Calcutta medical institutions reports 1892-1900
Year: 1892
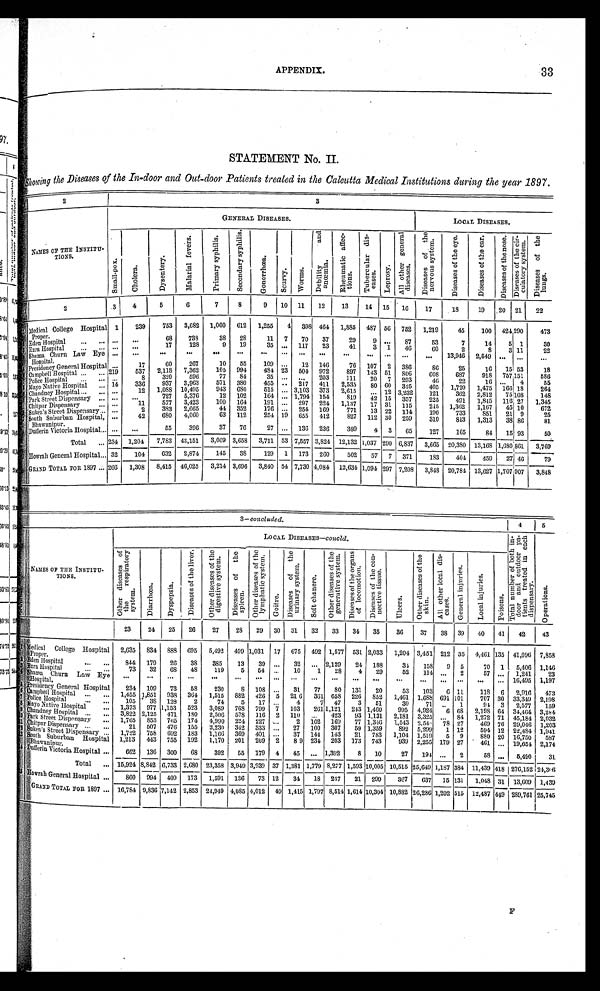
APPENDIX.
33
STATEMENT No. II.
Showing the Diseases of the In-door and Out-door Patients treated in the Calcutta Medical Institutions during the year 1897.
2
3
NAMES OF THE INSTITU-
T I O N S .
GENERAL DISEASES.
L O C A L D I S E A S E S .
S m a l l - p o x
C h o l e r n .
D y s e n t e r y .
M a l a r i a l f e v e r s .
P r i m a r y s y p h i l i s .
S e c o n d a r y s y p h i l i s .
G o n o r r h œ a .
S c u r v y .
W o r m s .
D e b i l i t y a n d a n œ m i a .
R h e u m a t i c a f f e c - t i o n s .
T u b e r c u l a r d i s - e a s e s .
L e p r o s y .
A l l o t h e r g e n e r a l d i s e a s e s .
D i s e a s e s o f t h e n e r v o u s s y s t e m .
D i s e a s e s o f t h e e y e .
Di s e a s e s o f t h e e a r .
D i s e a s e s o f t h e n o s e . D i s e a s e s o f t h e c i r - c u l a t o r y s y s t e m .
D i s e a s e s o f t h e l u n g s .
1
2
3
4
5
6
7
8
9
10
11
12
13
14
15
16
17
18
19
20
21
22
1
Medical College Hospital
Proper.
1
239
753
3,682
1,060
612
1,255
4
398 464
1,885
487 56 752
1,219
45
100
424 290
473
. . .
. . .
68
738
38
28
11
7
70
37
29
9
. . .
87
53
7
14
5 1
30
2 Eden Hospital . . .
17
128
9
19
35
. . . 117
23
41
3
1
46
6 0
2
8
3 11
22
. . .
. . .
Ezra Hospital . . .
. . .
. . .. . .
. . .
. . .
. . .
. . .
. . .
. . .
. . .
. . .
. . . . . .
. . .
. . .
. . .
. . .
. . .
3
. . .
. . .
Shama Churn Law Eye
Hospital.
4
. . .
17
60
267
10
55
109
. . .
12
146
76
107
2
386
86
25
16
15 53
18
Presidency General Hospital
5
2,118
7,362
105
994
484 23
504
972
897
143 51
806
6 0 8
687
918 757 151
586
537
219
6 Campbell Hospital . . .
320
596
77
84
35
. . .
. . .
203
111
20
7
293
46
22
16
. . .
4
55
. . .
8
7 Police Hospital . . .
937
3,963
571
380
455
. . . 217
411
2,535
80 60
325
405
1,720
1,475
166 18
264
336
1 4
Mayo Native Hospital . . .
8
12
1,088
10,495
943
680
515
. . . 3,103
373
2,615
. . . 12 3,232
121
362
2,812
7 5 108
1 4 8
. . .
9 Chandney Hospital . . .
727
5,376
12
102
164
. . . 1,794
154
819
42 15
357
225
491
1,845
116 27
1,345
. . .
. . .
Park Street Dispensary . . .
1 0
3,423
100
164
191
. . . 297
224
1,137
17 31
115
215 1,362
1,167
45 10
672
577
11
. . .
Chitpur Dispensary . . .
1 1
383
2,665
44
352
176
. . . 254
169
771
13
2 2 114
190
733
851
21 9
25
2
. . .
Sukea's Street Dispensary . . .
1 2
680
4,060
63
112
254 19
655
412
827
112 30
259
310
813
1,313
38 86
81
42
. . .
South Suburban Hospital,
B h a w a n i p u r .
1 3
. . .
. . .
55
396
37
76
27
. . . 136
236
389
4
3
65
127
165
84
15 93
50
1 4 Dufferin Victoria Hospital . . .
Total . . . 234
1,204
7,783
43,151
3,069 3,658
3,711 53 7,557 3,824 12,132 1,037 290 6,837
3,665 20,380 13,168 1,680 861
3,769
1 5
Howrah General Hospital . . . 32
104
632
2,874
145
38
129
1
173
260
502
57
7
371
183
404
459
27 46
79
GRAND TOTAL FOR 1897 . . . 266
1,308
8,415
46,025
3,214 3,696
3,840 54 7,730 4,084 12,634 1,094 297 7,208
3,848 20,784 13,627 1,707
907
3,848
3– concluded.
4
5
N u m b e r . NAMES OF THE INSTITU-
TIONS.
LOCAL DISEASES— concld .
O t h e r d i s e a s e s o f t h e r e s p i r a t o r y s y s t e m .
D i a r r h œ a .
D y s p e p s i a .
D i s e a s e s o f t h e l i v e r .
O t h e r d i s e a s e s o f t h e d i g e s t i v e s y s t e m .
D i s e a s e s o f t h e s p l e e n .
O t h e r d i s e a s e s o f t h e l y m p h a t i c s y s t e m .
G o i t r e .
D i s e a s e s o f t h e u r i n a r y s y s t e m .
S o f t c h a n e r e .
O t h e r
d i s e a s e s o f t h e g e n e r a t i v e s y s t
e m .
D i s e a s e s o f t h e o r g a n s o f l o c o m o t i o n .
D i s e a s e s o f t h e c o n - n e c t i v e t i s s u e .
U l c e r s .
O t h e r d i s e a s e s o f t h e s k i n .
A l l o t h e r l o c a l d i s - c a s e s .
G e n e r a l i n j u r i e s .
L o c a l i n j u r i e s .
P o i s o n s .
T o t a l n u m b e r o f b o t h i n - d o o r a n d o u t d o o r p a - t i e n t s t r e a t e d i n e a c h d i s p e n s a r y .
O p e r a t i o n s .
23
24
25
26
27
28
29
30
31
32
33
34
35
36
37
38
39
40
41
42
43
1
M e d i c a l C o l l e g e H o s p i t a l
Proper
.
2,635
834
888
695
5,492
499 1,031
17
675
492 1,577 531 2,033
1,204 3,451 212 35
4,461 135 41,096 7,858
2
Eden Hospital . . .
844
179
26
38
385
13
39
. . .
32
. . . 2,129
24
188
34
158
9
5
70
1
5,406 1,146
3 Ezra Hospital . . .
73
32
68
48
119
5
54
. . . 10
1
28
4
29
52
114
. . .
2
57 . . .
1,241
23
4 Shama Churn Law Eye
Hospital.
16,495
1,197
. . .
. . .
. . .
. . .
. . .
. . .
. . .
. . .
. . .
. . .
. . .
. . .
. . .
. . .
. . .
. . .
. . .
. . .
. . .
5
Presidency General Hospital
234
109
73
58
230
8 108
. . .
31
77
80
131
20
53
103
6 11
118
6
2,916
473
6
216
361 658
226
852
1,461 1,688 691 101
707 30
33,349
2,198
Campbell Hospital . . .
426
1 , 4 5 5 1,851 938
364
1,515
882
.5
7
Police Hospital
. . .
105
3 8
128
2
74
5
17
. . .
4
7
47
3
51
30
71
. . .
1
94 3
2,577
159
8 Mayo Native Hospital . . .
1,373
977 1,153
523
3,089
768
799
7
103
261 1,121
243 1,460
995
4,924
6 68
2,198 64 31,464 3,284
9 Chandney Hospital . . .
3,822 2,125
471
180
2,506
578
116
2
110
. . .
423
93 1,131
2,181 3,325
. . .
84
1,272 71 45,184 2,032
P a r k S t r e e t D i s p e n s a r y
1 0
1,765
853
765
174
4,990
224
227
. . .
2
102
169
77 1,346
1,543 2,54
78 27
469 76 29,046 1,203
1 1
C h i t p u rD
i s p e n s a r y . . .
21
507
476
155
2,230
342
333
. . .
27
100
307
59 1,359
892
5,299
1 12
594 12 22,484 1,941
12 Sukea's Street Dispensary . . .
1,722
758
692
183
1,166
369
401
. . .
37
144
143
21
783
1,104 1,519
5
9
880 20 16,750
587
1 3 South Suburban Hospital
Bhawanipur.
1,213
443
755
192
1,170
201
209
2
8 9 234
203
173
743
939
2,255 179 27
461 . . . 19,051 2,174
1 4 Dufferin Victoria Hospital . . .
662
136
300
68
392
55
179
4
45
. . . 1,392
8
10
27
194
. . .
2
58 . . .
5,490
31
Total
. . . 15,924 8,842 6,733 2,680
_
23,358 3,949 3,939 37 1,381 1,779 8,277 1,593 10,005 10,515 25,649 1,187 384 11,439 418 276,152 24,306
1 5 Howrah General Hospital . . .
860
994 409
173
1,591
136
73 12
34
18
237
21
299
367
637
15 131
1,048 31 13,609 1,439
GRAND TOTAL FOR 1897 . . . 16,784 9,836 7,142 2,853 24,949 4,085 4,012
49 1,415 1,797 8,514 1,614 10,304 10,882 26,286 1,202 515 12,487 449 289,761 25,745